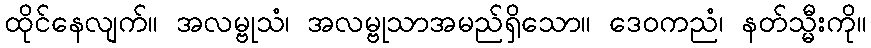
ထိုင်နေလျက်။ အလမ္ဗုသံ၊ အလမ္ဗုသာအမည်ရှိသော။ ဒေဝကညံ၊ နတ်သ္မီးကို။